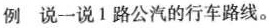
例说一说1路公汽的行车路线。